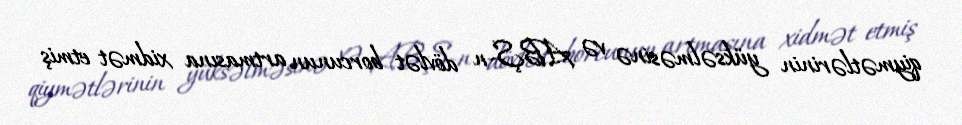
qiymətlərinin yüksəlməsinə və ABŞ-n dövlət borcunun artmasına xidmət etmiş